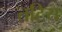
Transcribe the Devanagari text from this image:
तटिय